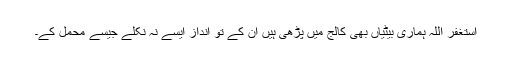
استغفر اللہ ہماری بیٹیاں بھی کالج میں پڑھی ہیں ان کے تو انداز ایسے نہ نکلے جیسے محمل کے۔